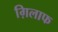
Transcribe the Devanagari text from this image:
ग़िलाफ